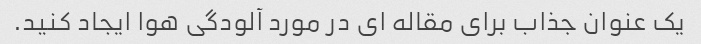
یک عنوان جذاب برای مقاله ای در مورد آلودگی هوا ایجاد کنید.